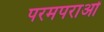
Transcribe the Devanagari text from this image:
परमपराओं